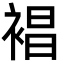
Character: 裮